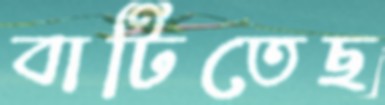
বাটিতেছ